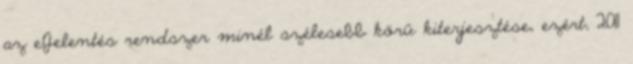
az eJelentés rendszer minél szélesebb körű kiterjesztése, ezért, 2011